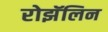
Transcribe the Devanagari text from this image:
रोझॅलिन